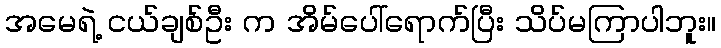
အမေရဲ့ ငယ်ချစ်ဦး က အိမ်ပေါ်ရောက်ပြီး သိပ်မကြာပါဘူး။